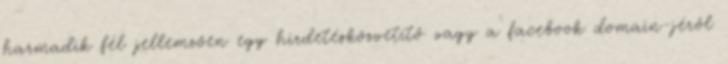
harmadik fél jellemzően egy hirdetésközvetítő vagy a facebook domain-jéről